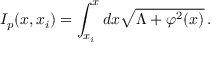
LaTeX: I _ { p } ( x , x _ { i } ) = \int _ { x _ { i } } ^ { x } { d x \sqrt { \Lambda + \varphi ^ { 2 } ( x ) } } \, .